Lunatic asylums United Provinces 1899-1908 - 1899-1908
Year: 1899
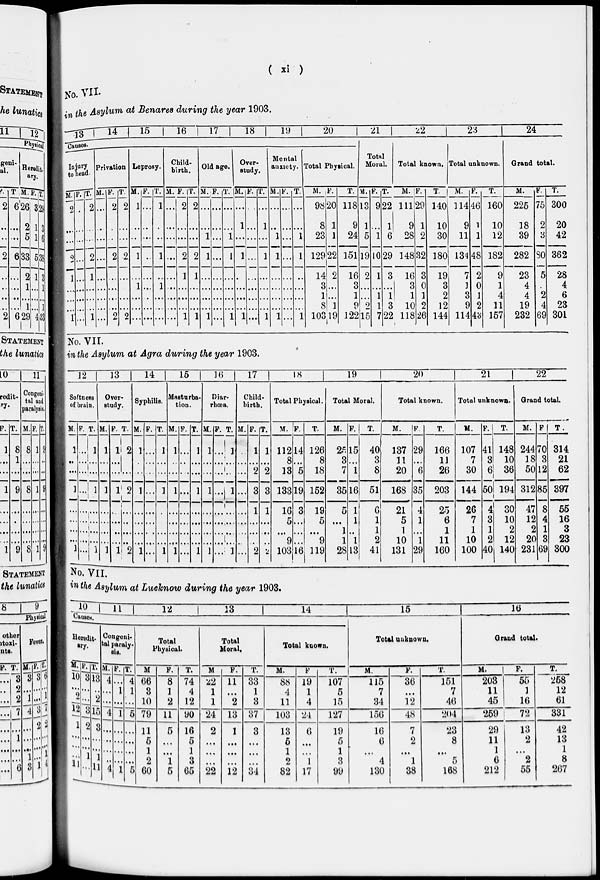
( xi )
No. VII.
in the Asylum at Benares during the year 1903.
13 14
15
16
17
18
19
20
Causes
Injury
to head.
M.
2
...
...
2
1
...
...
...
1
F.
...
...
...
...
...
...
...
...
...
T.
2
...
...
2
1
...
...
...
1
Privation
M.
...
...
...
...
...
...
...
...
...
F.
2
...
...
2
...
...
...
...
2
T.
2
...
...
2
...
...
...
...
2
Leprosy.
M.
1
...
...
1
...
1
...
...
...
F.
...
...
...
...
...
...
...
...
...
T.
1
...
...
1
...
1
...
...
...
Child-
birth.
M.
...
...
...
...
...
...
...
...
...
F.
2
...
...
2
1
...
...
...
1
T.
2
...
...
2
1
...
...
...
1
Old age.
M.
...
...
1
1
...
...
...
...
1
F.
...
...
...
...
...
...
...
...
...
T.
...
...
1
1
...
...
...
...
1
Over-
study.
M.
...
1
...
1
...
...
...
...
1
F.
...
...
...
...
...
...
...
...
...
T.
...
1
...
1
...
...
...
...
1
Mental
auxiety.
M.
...
...
1
1
...
...
...
...
1
F.
...
...
...
...
...
...
...
...
...
T.
...
...
1
1
...
...
...
...
1
Total Physical.
M.
98
8
23
129
14
3
1
8
103
F.
20
1
1
22
2
...
...
1
19
T.
118
9
24
151
16
3
1
9
122
21
Total
Moral.
M.
13
1
5
19
2
...
...
2
15
F.
9
...
1
10
1
...
1
1
7
T.
22
1
6
29
3
...
1
3
22
22
Total known.
M.
111
9
28
148
16
3
1
10
118
F.
29
1
2
32
3
0
1
2
26
T.
140
10
30
180
19
3
2
12
144
23
Total unknown.
M.
114
9
11
134
7
1
3
9
114
F.
46
1
1
48
2
0
1
2
43
T.
160
10
12
182
9
1
4
11
157
24
Grand total.
M.
225
18
39
282
23
4
4
19
232
F.
75
2
3
80
5
...
2
4
69
T.
300
20
42
362
28
4
6
23
301
No. VII.
in the Asylum at Agra during the year 1903.
12
Softness
of brain.
M.
1
...
...
1
...
...
...
...
1
F.
...
...
...
...
...
...
...
...
...
T.
1
...
...
1
...
...
...
...
1
13
Over-
study.
M.
1
...
...
1
...
...
...
...
1
F.
1
...
...
1
...
...
...
...
1
T.
2
...
...
2
...
...
...
...
2
14
Syphilis.
M.
1
...
...
1
...
...
...
...
1
F.
...
...
...
...
...
...
...
...
...
T.
1
...
...
1
...
...
...
...
1
15
Masturba-
tion.
M.
1
...
...
1
...
...
...
...
1
F.
...
...
...
...
...
...
...
...
...
T.
1
...
...
1
...
...
...
...
1
16
Diar-
rhœa
M.
1
...
...
1
...
...
...
...
1
F.
...
...
...
...
...
...
...
...
...
T.
1
...
...
1
...
...
...
...
l
17
Child-
birth.
M.
...
...
...
...
...
...
...
...
...
F.
1
...
2
3
1
...
...
...
2
T.
1
...
2
3
1
...
...
...
...
18
Total Physical.
M.
112
8
13
133
16
5
...
9
103
F.
14
...
5
19
3
...
...
...
16
T.
126
8
18
152
19
5
...
9
119
19
Total Moral.
M.
25
3
7
35
5
...
1
1
28
F.
15
...
1
16
1
1
...
1
13
T.
40
3
8
51
6
1
1
2
41
20
Total known.
M.
137
11
20
168
21
5
1
10
131
F.
29
...
6
35
4
1
...
1
29
T.
166
11
26
203
25
6
1
11
160
21
Total unknown.
M.
107
7
30
144
26
7
1
10
100
F.
41
3
6
50
4
3
1
2
40
T.
148
10
36
194
30
10
2
12
140
22
Grand total.
M.
244
18
50
312
47
12
2
20
231
F
70
3
12
85
8
4
1
3
69
T.
314
21
62
397
55
16
3
23
300
No. VII.
in the Asylum at Lucknow during the year 1903.
10
11
12
13
14
15
Causes.
Heredit-
ary.
M.
10
...
2
12
1
...
...
...
11
F.
3
...
...
3
2
...
...
1
...
T.
13
...
2
15
3
...
...
1
11
Congeni-
tal paraly-
sis.
M.
4
...
...
4
...
...
...
...
4
F.
...
1
...
1
...
...
...
...
1
T.
4
1
...
5
...
...
...
...
5
Total
Physical.
M
66
3
10
79
11
5
1
2
60
F.
8
1
2
11
5
...
...
1
5
T.
74
4
12
90
16
5
1
3
65
Total
Moral.
M
22
1
1
24
2
...
...
...
22
F.
11
...
2
13
1
...
...
...
12
T.
33
1
3
37
3
...
...
...
34
Total known.
M.
88
4
11
103
13
5
1
2
82
F
19
1
4
24
6
...
...
1
17
T.
107
5
15
127
19
5
1
3
99
Total unknown.
M.
115
7
34
156
16
6
...
4
130
F.
36
...
12
48
7
2
...
1
38
T.
151
7
46
204
23
8
...
5
168
16
Grand total.
M.
203
11
45
259
29
11
1
6
212
F.
55
1
16
72
13
2
...
2
55
T.
258
12
61
331
42
13
1
8
267